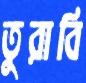
তুরাবি